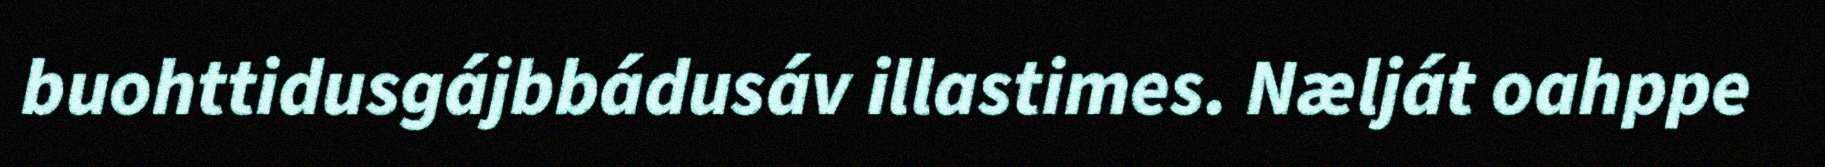
buohttidusgájbbádusáv illastimes. Nælját oahppe